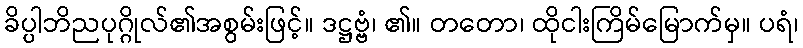
ခိပ္ပါဘိညပုဂ္ဂိုလ်၏အစွမ်းဖြင့်။ ဒဋ္ဌဗ္ဗံ၊ ၏။ တတော၊ ထိုငါးကြိမ်မြောက်မှ။ ပရံ၊